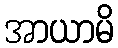
အာယာမိ